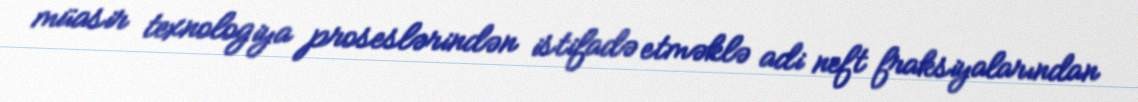
müasir texnologiya proseslərindən istifadə etməklə adi neft fraksiyalarından